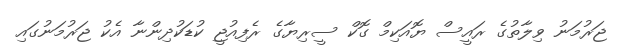
ޖަރުމަނު ވިލާތުގެ ރައީސް ޔޮއަކިމް ގޮކް ސީރިޔާގެ ރެފިއުޖީ ކުޑަކުދިންނާ އެކު ޖަރުމަނުގައި